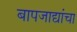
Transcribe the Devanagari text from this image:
बापजाद्यांचा